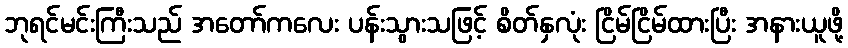
ဘုရင်မင်းကြီးသည် အတော်ကလေး ပန်းသွားသဖြင့် စိတ်နှလုံး ငြိမ်ငြိမ်ထားပြီး အနားယူဖို့